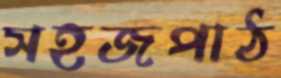
সহজপাঠ